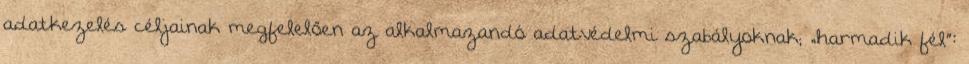
adatkezelés céljainak megfelelően az alkalmazandó adatvédelmi szabályoknak; „harmadik fél”: